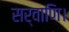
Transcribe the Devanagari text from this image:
सर्वाणि।